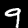
Label: 9